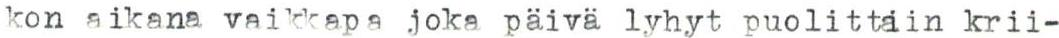
kon aikana vaikkapa joka päivä lyhyt puolittain krii-